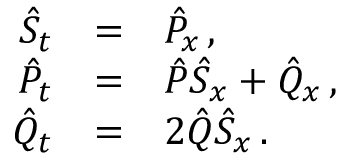
\begin{array} { r c l } { { { \hat { S } } _ { t } } } & { { = } } & { { { \hat { P } } _ { x } \, , } } \\ { { { \hat { P } } _ { t } } } & { { = } } & { { { \hat { P } } { \hat { S } } _ { x } + { \hat { Q } } _ { x } \, , } } \\ { { { \hat { Q } } _ { t } } } & { { = } } & { { { 2 } { \hat { Q } } { \hat { S } } _ { x } \, . } } \end{array}